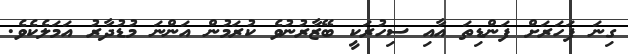
ގިނަ ފަހަރަށް ފަންޑިތަ އާއި ސިހުރަކީ ބޭޒާރުނުވެ ކުރަމުން އަންނަ މުޑުދާރު އަމަލެކެވެ.